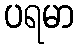
ပရမာ